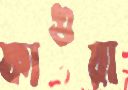
ফাগুয়া